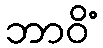
ဘာဝိံ